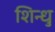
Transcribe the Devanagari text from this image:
शिन्धु